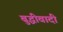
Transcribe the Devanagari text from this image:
बुद्धीवादी